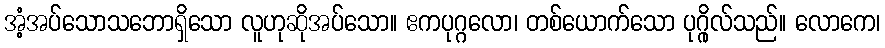
အံ့အပ်သောသဘောရှိသော လူဟုဆိုအပ်သော။ ဧကပုဂ္ဂလော၊ တစ်ယောက်သော ပုဂ္ဂိုလ်သည်။ လောကေ၊